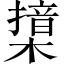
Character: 𣚮